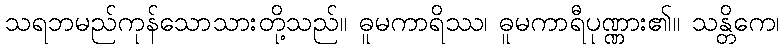
သရဘမည်ကုန်သောသားတို့သည်။ ဓူမကာရိဿ၊ ဓူမကာရီပုဏ္ဏား၏။ သန္တိကေ၊